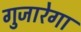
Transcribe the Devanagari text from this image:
गुजारेगा